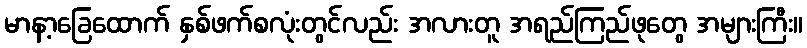
မာနာ့ခြေထောက် နှစ်ဖက်စလုံးတွင်လည်း အလားတူ အရည်ကြည်ဖုတွေ အများကြီး။